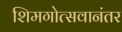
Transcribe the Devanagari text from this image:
शिमगोत्सवानंतर